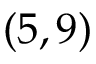
( 5 , 9 )